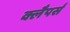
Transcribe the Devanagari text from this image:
क्लैपर्स